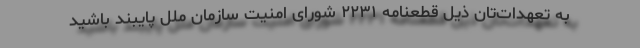
به تعهدات‌تان ذیل قطعنامه ۲۲۳۱ شورای امنیت سازمان ملل پایبند باشید